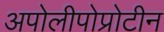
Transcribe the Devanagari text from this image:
अपोलीपोप्रोटीन